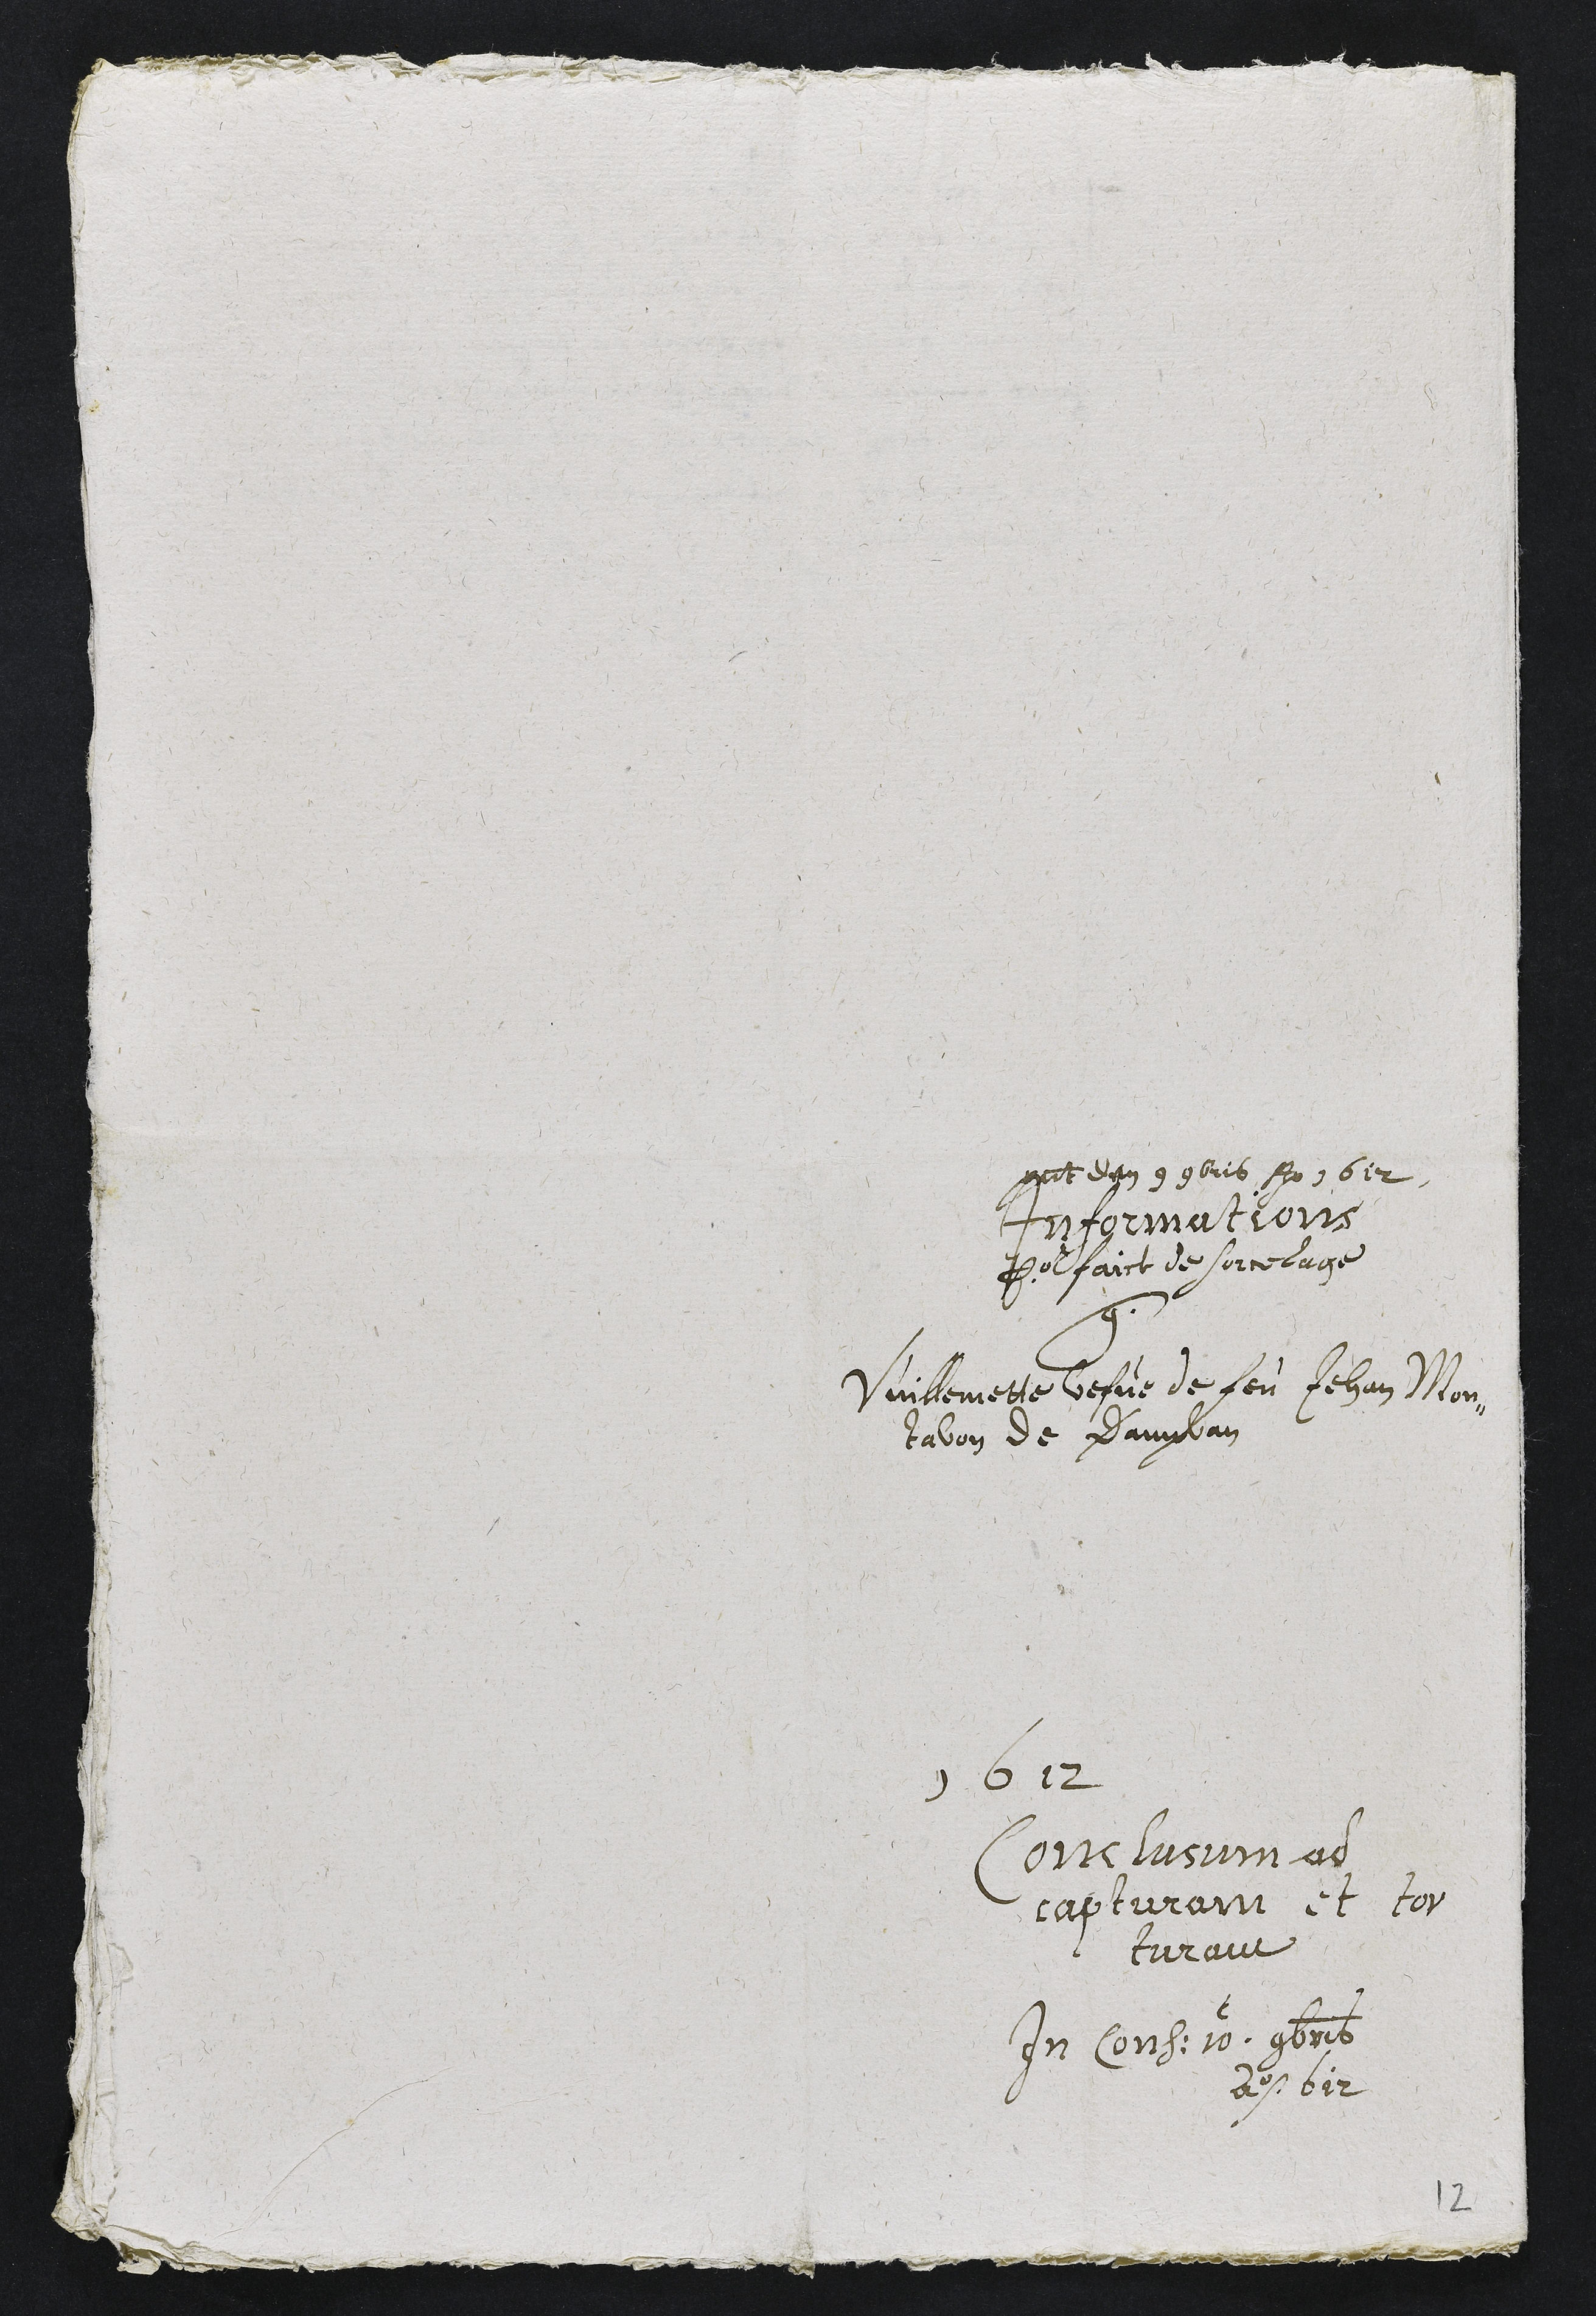
presentatum den 9 9bris Ao 1612
Informations
Pour faict de sorcelage
contre
Vuillemette vefve de feu Jehan Mon¬
tavon de Dampvan
1612
Conclusum ad
capturam et tor
turam
In Cons: 10. 9bris
Ao 612